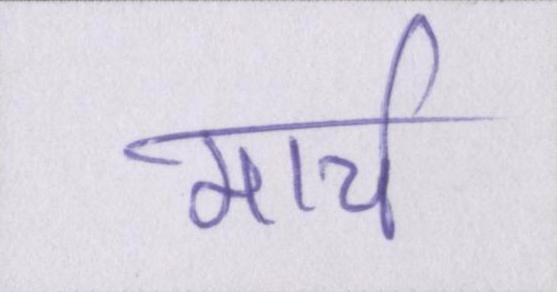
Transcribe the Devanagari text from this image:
मार्च